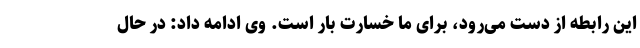
این رابطه از دست می‌رود، برای ما خسارت بار است. وی ادامه داد: در حال